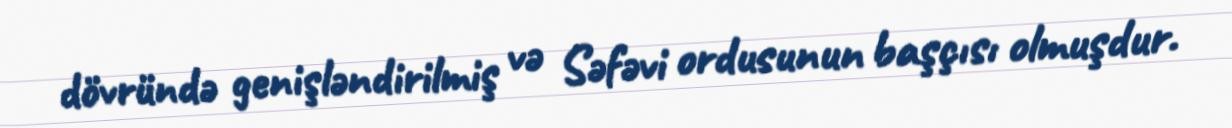
dövründə genişləndirilmiş və Səfəvi ordusunun başçısı olmuşdur.